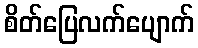
စိတ်ပြေလက်ပျောက်